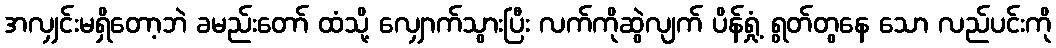
အလျှင်းမရှိတော့ဘဲ ခမည်းတော် ထံသို့ လျှောက်သွားပြီး လက်ကိုဆွဲလျက် ပိန်ရှုံ့ ရွတ်တွနေ သော လည်ပင်းကို